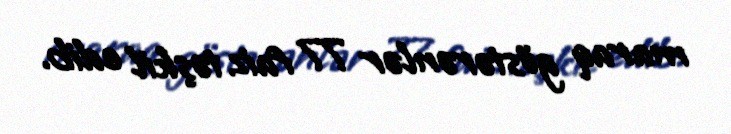
maraq göstərənlər 77 faiz təşkil edib.